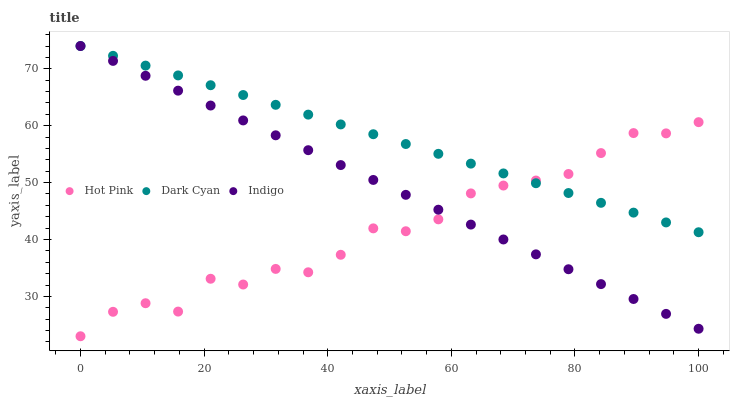
| xaxis_label | Hot Pink | Dark Cyan | Indigo |
 | --- | --- | --- | --- |
 | 0 | 23 | 74 | 74 |
 | 5.26 | 27.3 | 72.3 | 71.4 |
 | 10.5 | 28.8 | 70.6 | 68.8 |
 | 15.8 | 27.3 | 68.8 | 66.2 |
 | 21.1 | 33.1 | 67.1 | 63.5 |
 | 26.3 | 32.1 | 65.4 | 60.9 |
 | 31.6 | 34.8 | 63.7 | 58.3 |
 | 36.8 | 34.2 | 61.9 | 55.7 |
 | 42.1 | 37.3 | 60.2 | 53.1 |
 | 47.4 | 42 | 58.5 | 50.5 |
 | 52.6 | 41.5 | 56.8 | 47.9 |
 | 57.9 | 43.5 | 55.1 | 45.2 |
 | 63.2 | 48.1 | 53.3 | 42.6 |
 | 68.4 | 49.5 | 51.6 | 40 |
 | 73.7 | 50.4 | 49.9 | 37.4 |
 | 78.9 | 51.5 | 48.2 | 34.8 |
 | 84.2 | 55.2 | 46.4 | 32.2 |
 | 89.5 | 58.7 | 44.7 | 29.5 |
 | 94.7 | 58.6 | 43 | 26.9 |
 | 100 | 60.6 | 41.3 | 24.3 |